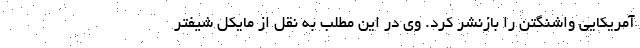
آمریکایی واشنگتن را بازنشر کرد. وی در این مطلب به نقل از مایکل شیفتر